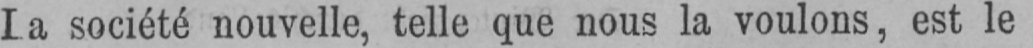
La société nouvelle, telle que nous la voulons, est le